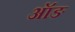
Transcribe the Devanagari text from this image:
ऑङ